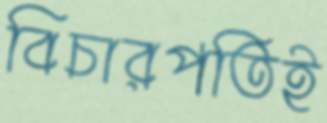
বিচারপতিই